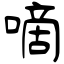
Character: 嘀